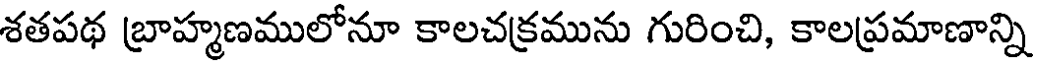
శతపథ బ్రాహ్మణములోనూ కాలచక్రమును గురించి, కాలప్రమాణాన్ని